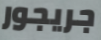
جريجور